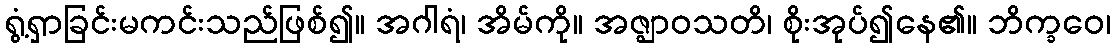
ရွံ့ရှာခြင်းမကင်းသည်ဖြစ်၍။ အဂါရံ၊ အိမ်ကို။ အဇ္ဈာဝသတိ၊ စိုးအုပ်၍နေ၏။ ဘိက္ခဝေ၊